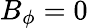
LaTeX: B_{\phi}=0